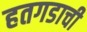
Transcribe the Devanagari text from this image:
हतगडाची